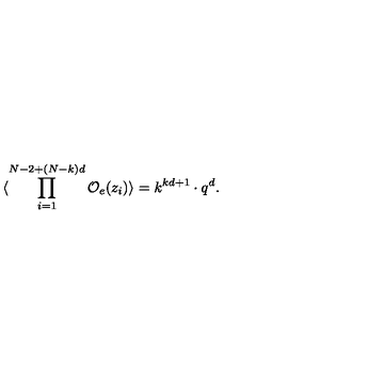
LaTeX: \langle \prod _ { i = 1 } ^ { N - 2 + ( N - k ) d } { \cal O } _ { e } ( z _ { i } ) \rangle = k ^ { k d + 1 } \cdot q ^ { d } .